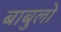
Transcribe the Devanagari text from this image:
बाबुलो